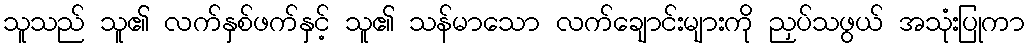
သူသည် သူ၏ လက်နှစ်ဖက်နှင့် သူ၏ သန်မာသော လက်ချောင်းများကို ညှပ်သဖွယ် အသုံးပြုကာ